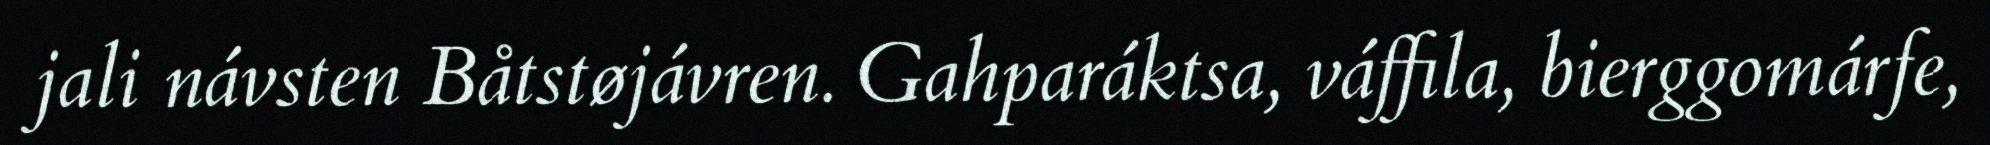
jali návsten Båtstøjávren. Gahparáktsa, váffila, bierggomárfe,